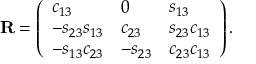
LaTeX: { \bf R } = \left( \begin{array} { l l l } { { c _ { 1 3 } } } & { { 0 } } & { { s _ { 1 3 } } } \\ { { - s _ { 2 3 } s _ { 1 3 } } } & { { c _ { 2 3 } } } & { { s _ { 2 3 } c _ { 1 3 } } } \\ { { - s _ { 1 3 } c _ { 2 3 } } } & { { - s _ { 2 3 } } } & { { c _ { 2 3 } c _ { 1 3 } } } \end{array} \right) .